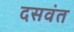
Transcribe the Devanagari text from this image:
दसवंत